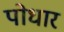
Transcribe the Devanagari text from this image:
पोधार